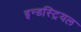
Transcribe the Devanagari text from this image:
इन्डस्ट्रियल